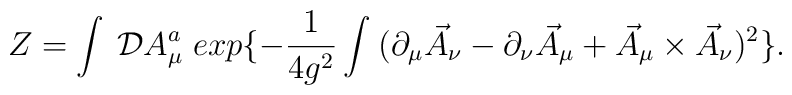
Z=\int\:{\cal D} A_{\mu}^{a}\;exp\{-\frac{1}{4g^{2}}\int\:(\partial_{\mu}\vec{A}_{\nu}-\partial_{\nu}\vec{A}_{\mu}+\vec{A}_{\mu}\times\vec{A}_{\nu})^2\}.